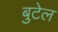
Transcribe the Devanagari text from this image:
बुटेल